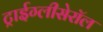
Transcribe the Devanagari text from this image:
ट्राईग्लीसेरॉल